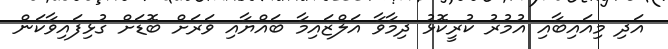
އަދި މިއައިބާއި އުމުރު ކުރީކޮޅު ދިމާވާ އަލްޒައިމާ ބައްޔާއި ވަރަށް ބޮޑަށް ގުޅިފައިވާކަން